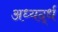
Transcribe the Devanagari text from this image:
अध्यर्द्ध